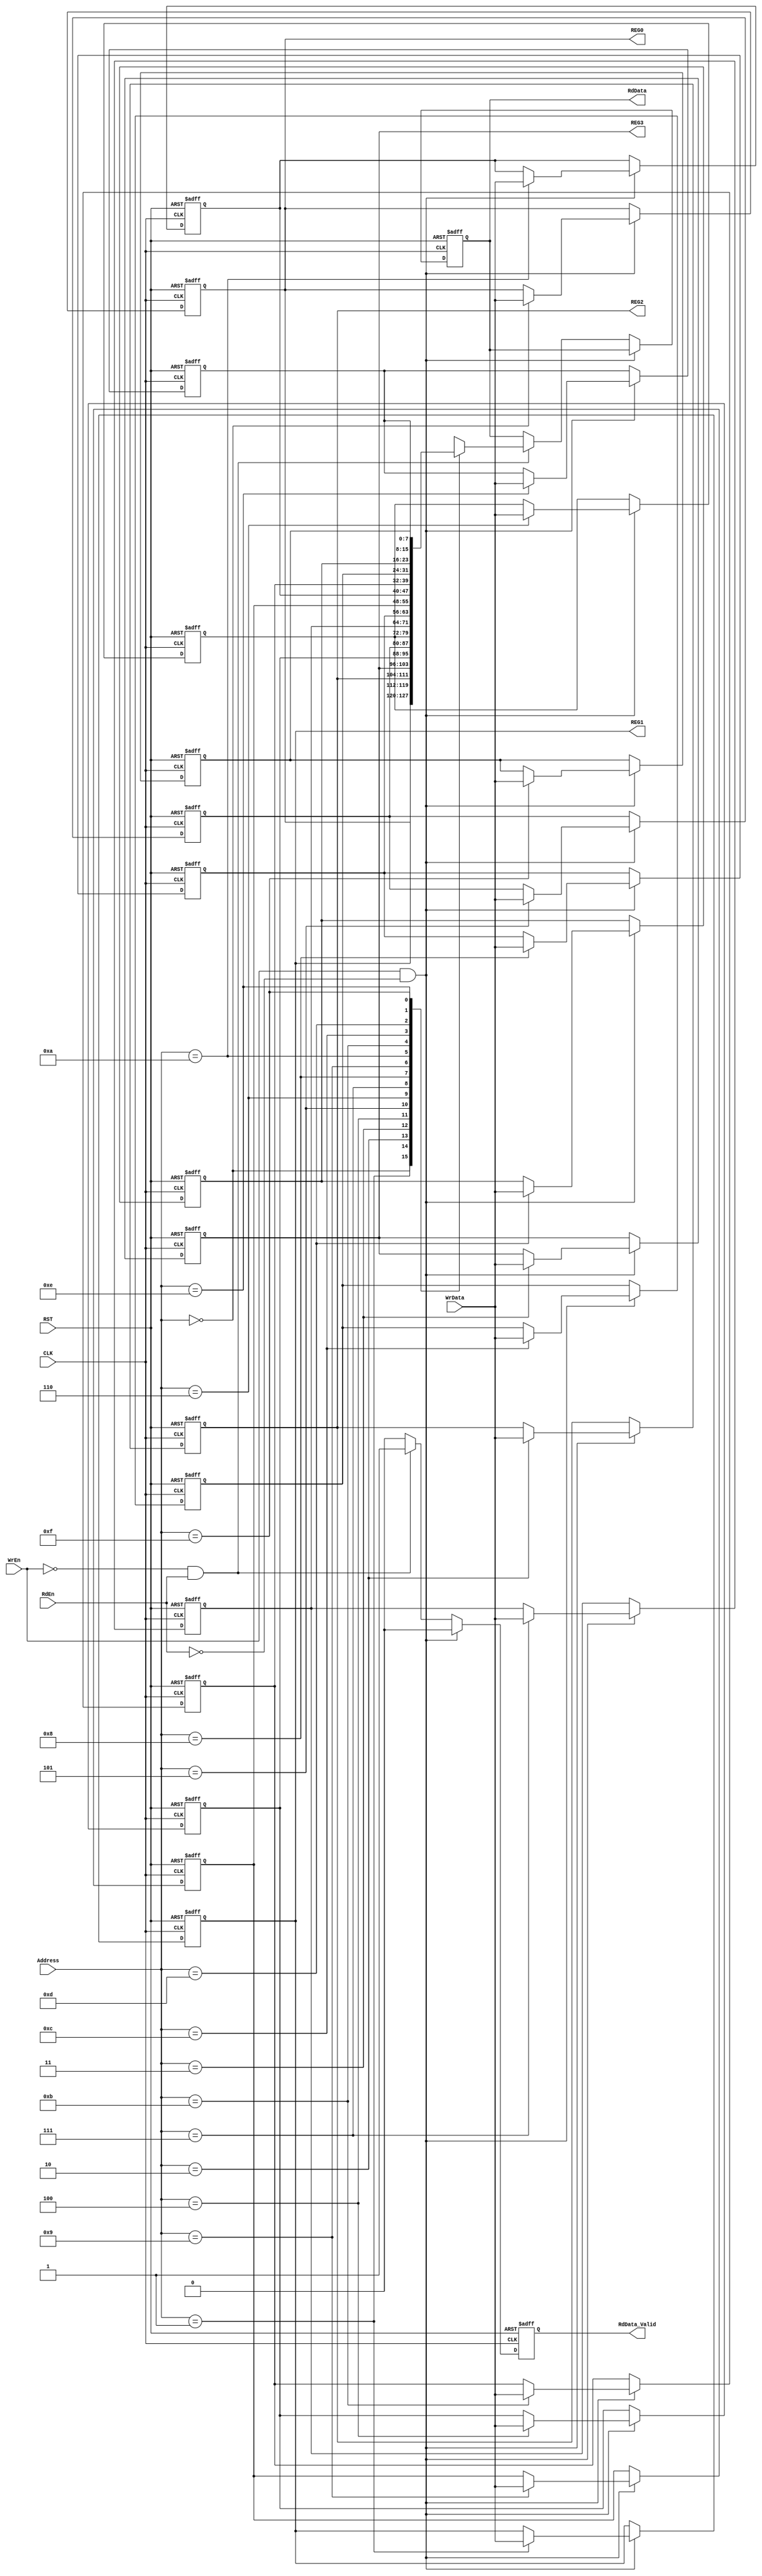
module RegFile #
(	parameter Address_Bus_Width = 4 , 
	parameter Write_Bus_Width = 8 , 
	parameter Read_Bus_Width = 8 , 
	parameter Reg_File_Width = 16
)
(
  input wire [Write_Bus_Width - 1 : 0] 	 WrData ,   	/* Write Data Bus */
  input wire [Address_Bus_Width - 1 : 0] Address,		/* Address bus */
  input wire    						 WrEn , 		/* Write Enable */
  input wire    						 RdEn ,			/* Read Enable */
  input wire    						 CLK ,			/* Clock Signal */
  input wire    						 RST ,			/* Active Low Reset */
  output reg [Read_Bus_Width - 1 : 0] 	 RdData , 		/* Read Data Bus */
  output reg 						  	 RdData_Valid , /* Read Data Valid */
  output wire [Read_Bus_Width - 1 : 0] REG0 ,			/* Register at Address 0x0 ,ALU Operand A */
  output wire [Read_Bus_Width - 1 : 0] REG1 ,			/* Register at Address 0x1, ALU Operand B */
  output wire [Read_Bus_Width - 1 : 0] REG2 ,			/* Register at Address 0x2, UART Config */
  output wire [Read_Bus_Width - 1 : 0] REG3 			/* Register at Address 0x3 , Div Ratio */
  );
  
reg [Write_Bus_Width - 1 : 0]  Reg_File [Reg_File_Width - 1 : 0] ;

/* Counter */
integer i ;

/* This flag is high during a read operation only */
//reg valid_flag ;

always @ (posedge CLK or negedge RST)
begin
  if ( !RST )
    begin
		for ( i = 0 ; i < Reg_File_Width ; i = i + 1 ) 
		begin
			  Reg_File[i] <= 0;	  
		end
		Reg_File[3] <= 32 ; /* Default Value for Division Ratio */
		
		/* UART Default Configuration */
		Reg_File[2][0] <= 1'b1 ;
		Reg_File[2][1] <= 1'b0 ;
		Reg_File[2][7:2] <= 32 ;
		
		/*For Command 4 */
		//Reg_File[1] <= 200 ;
		//Reg_File[0] <= 100 ;
		RdData <= 'b0 ;
		RdData_Valid <= 1'b0 ;
    end
  else
    begin
      if( WrEn && !RdEn)
        begin
          Reg_File[Address] <= WrData;
		  RdData_Valid <= 1'b0 ;
        end
      else if( !WrEn && RdEn )
        begin
          RdData <= Reg_File[Address];
		  RdData_Valid <= 1'b1 ;
        end
	  else
		RdData_Valid <= 1'b0 ;
    end
end

/* Reserved Registers Description */
assign REG0 = Reg_File[0] ; /* Operand A */
assign REG1 = Reg_File[1] ; /* Operand B */
assign REG2 = Reg_File[2] ; /* UART */
assign REG3 = Reg_File[3] ; /* Clock Divider */

/*
always @ (*)
begin
	if (valid_flag == 1 )
		RdData_Valid = 1 ;
	else
		RdData_Valid = 0 ;
	
end
*/

endmodule